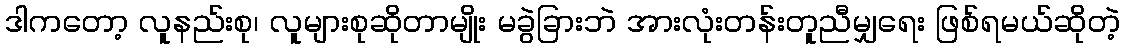
ဒါကတော့ လူနည်းစု၊ လူများစုဆိုတာမျိုး မခွဲခြားဘဲ အားလုံးတန်းတူညီမျှရေး ဖြစ်ရမယ်ဆိုတဲ့